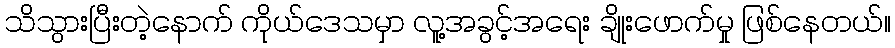
သိသွားပြီးတဲ့နောက် ကိုယ်ဒေသမှာ လူ့အခွင့်အရေး ချိုးဖောက်မှု ဖြစ်နေတယ်။